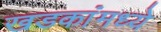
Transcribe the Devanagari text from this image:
खडकांंमध्ये